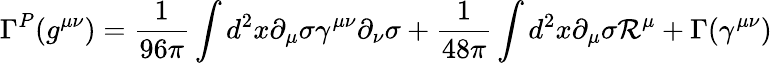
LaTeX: \Gamma^{P}(g^{\mu\nu})=\frac{1}{96\pi}\int d^{2}x\partial_{\mu}\sigma\gamma^{\mu\nu}\partial_{\nu}\sigma+\frac{1}{48\pi}\int d^{2}x\partial_{\mu}\sigma{\cal R}^{\mu}+\Gamma(\gamma^{\mu\nu})